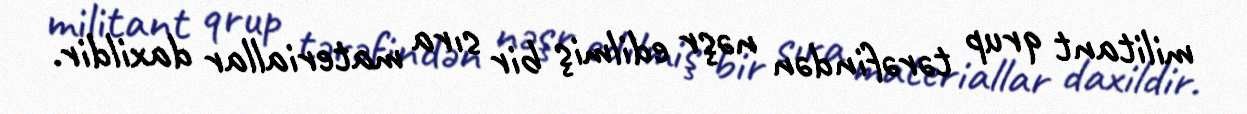
militant qrup tərəfindən nəşr edilmiş bir sıra materiallar daxildir.